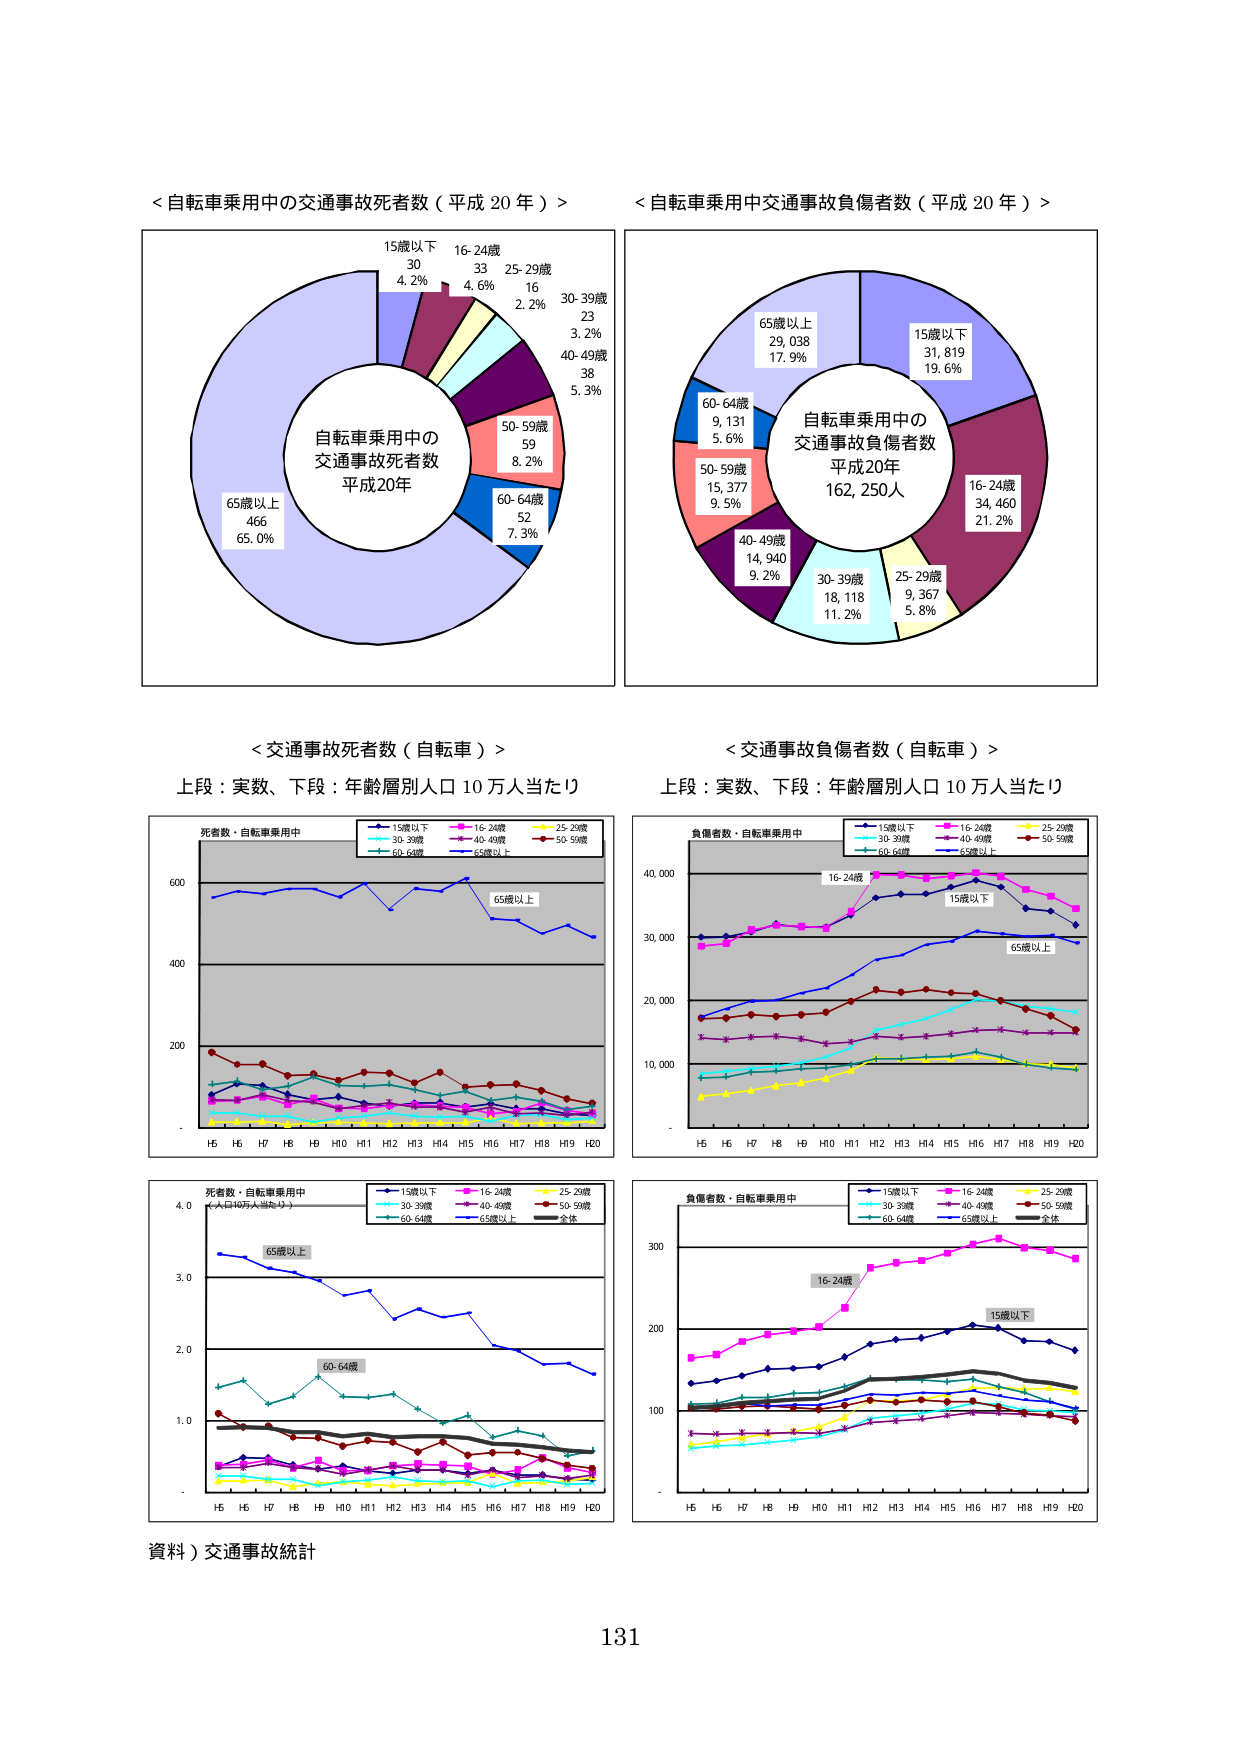
<自転車乗用中の交通事故死者数（平成20年）>
自転車乗用中の
交通事故死者数
平成20年
65歳以上
466
65.0%
15歳以下
30
4.2%
16-24歳
33
4.6%
25-29歳
16
2.2%
30-39歳
23
3.2%
40-49歳
38
5.3%
50-59歳
59
8.2%
60-64歳
52
7.3%

<自転車乗用中交通事故負傷者数（平成20年）>
自転車乗用中の
交通事故負傷者数
平成20年
162,250人
15歳以下
31,819
19.6%
16-24歳
34,460
21.2%
25-29歳
9,367
5.8%
30-39歳
18,118
11.2%
40-49歳
14,940
9.2%
50-59歳
15,377
9.5%
60-64歳
9,131
5.6%
65歳以上
29,038
17.9%

<交通事故死者数（自転車）>
上段：実数、下段：年齢層別人口10万人当たり
死者数・自転車乗用中
15歳以下
16-24歳
25-29歳
30-39歳
40-49歳
50-59歳
60-64歳
65歳以上
65歳以上
H5 H6 H7 H8 H9 H10 H11 H12 H13 H14 H15 H16 H17 H18 H19 H20

死者数・自転車乗用中
（人口10万人当たり）
15歳以下
16-24歳
25-29歳
30-39歳
40-49歳
50-59歳
60-64歳
65歳以上
全体
65歳以上
60-64歳
H5 H6 H7 H8 H9 H10 H11 H12 H13 H14 H15 H16 H17 H18 H19 H20

<交通事故負傷者数（自転車）>
上段：実数、下段：年齢層別人口10万人当たり
負傷者数・自転車乗用中
15歳以下
16-24歳
25-29歳
30-39歳
40-49歳
50-59歳
60-64歳
65歳以上
16-24歳
15歳以下
65歳以上
H5 H6 H7 H8 H9 H10 H11 H12 H13 H14 H15 H16 H17 H18 H19 H20

負傷者数・自転車乗用中
15歳以下
16-24歳
25-29歳
30-39歳
40-49歳
50-59歳
60-64歳
65歳以上
全体
16-24歳
15歳以下
H5 H6 H7 H8 H9 H10 H11 H12 H13 H14 H15 H16 H17 H18 H19 H20

資料）交通事故統計
131